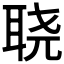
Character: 𮶓